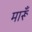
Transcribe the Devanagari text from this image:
मारूँ